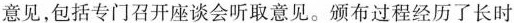
意见，包括专门召开座谈会听取意见。颁布过程经历了长时